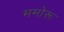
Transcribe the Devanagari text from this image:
ममोरू